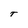
Character: T